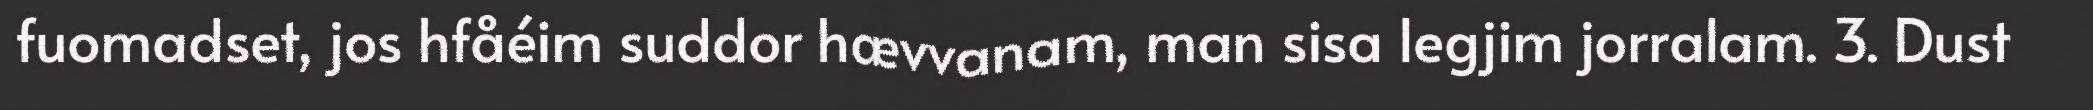
fuomadset, jos hfåéim suddor hævvanam, man sisa legjim jorralam. 3. Dust